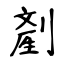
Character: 剷